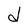
Character: d